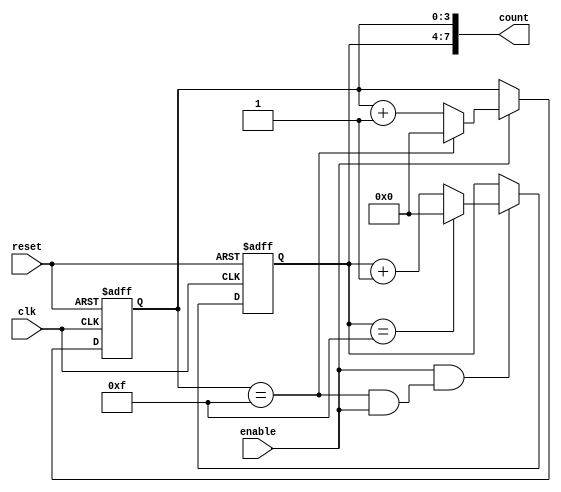
module cascaded_counter (
    input wire clk,          // Clock signal
    input wire reset,        // Reset signal
    input wire enable,       // Enable signal
    output wire [7:0] count  // 8-bit output count
);

    // Internal signals for carry from LSB to next stage
    wire carry1;

    // 4-bit counter stage 1 (LSB)
    reg [3:0] counter1;
    always @(posedge clk or posedge reset) begin
        if (reset) begin
            counter1 <= 4'b0000; // Reset to 0
        end else if (enable) begin
            if (counter1 == 4'b1111) begin
                counter1 <= 4'b0000; // Reset on overflow
            end else begin
                counter1 <= counter1 + 1; // Increment
            end
        end
    end

    // 4-bit counter stage 2 (MSB)
    reg [3:0] counter2;
    always @(posedge clk or posedge reset) begin
        if (reset) begin
            counter2 <= 4'b0000; // Reset to 0
        end else if (enable && carry1) begin
            if (counter2 == 4'b1111) begin
                counter2 <= 4'b0000; // Reset on overflow
            end else begin
                counter2 <= counter2 + 1; // Increment
            end
        end
    end

    // Carry logic
    assign carry1 = (counter1 == 4'b1111) && enable;

    // Final output
    assign count = {counter2, counter1}; // Concatenate MSB and LSB

endmodule